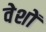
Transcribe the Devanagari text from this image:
वेशों